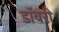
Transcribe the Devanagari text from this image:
डॉवरी